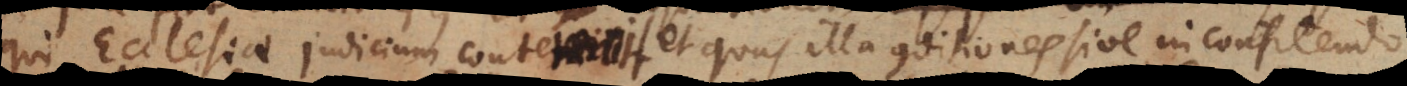
qui Ecclesiae judicium contemnit et quas illa conditiones sive in confitendo